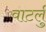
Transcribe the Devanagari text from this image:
वाटर्लु